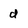
Character: d